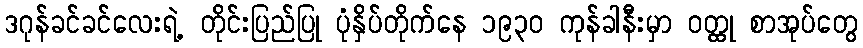
ဒဂုန်ခင်ခင်လေးရဲ့ တိုင်းပြည်ပြု ပုံနှိပ်တိုက်နေ ၁၉၃၀ ကုန်ခါနီးမှာ ဝတ္ထု စာအုပ်တွေ